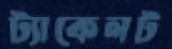
ট্যাকেলট